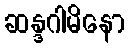
ဆန္ဒဂါမိနော